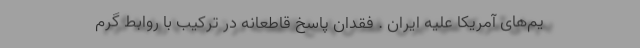
یم‌های آمریکا علیه ایران . فقدان پاسخ قاطعانه در ترکیب با روابط گرم